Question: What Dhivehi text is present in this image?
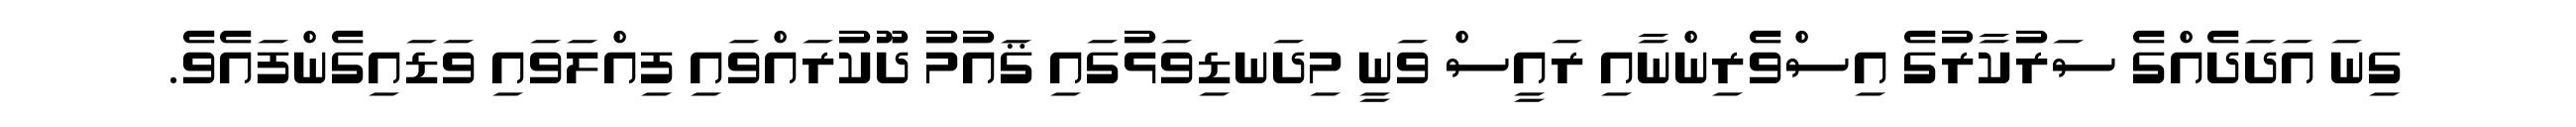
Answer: ގިނަ އަދަދެއްގެ ސަރުކާރުގެ އިސްވެރިންނާއި ރައީސް ވަނީ މިދަނޑިވަޅުގައި ޤައުމު ދޫކުރައްވައި ފިއްލަވައި ވަޑައިގެންފައެވެ.